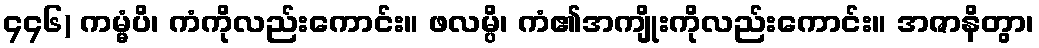
၄၄၆) ကမ္မံပိ၊ ကံကိုလည်းကောင်း။ ဖလမ္ပိ၊ ကံ၏အကျိုးကိုလည်းကောင်း။ အဇာနိတွာ၊